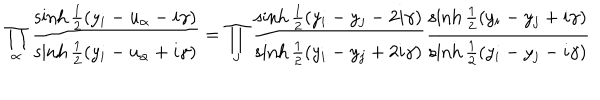
LaTeX: \prod _ { \alpha } { \frac { \sinh { \frac { 1 } { 2 } } ( y _ { i } - u _ { \alpha } - i \gamma ) } { \sinh { \frac { 1 } { 2 } } ( y _ { i } - u _ { \alpha } + i \gamma ) } } = \prod _ { j } { \frac { \sinh { \frac { 1 } { 2 } } ( y _ { i } - y _ { j } - 2 i \gamma ) } { \sinh { \frac { 1 } { 2 } } ( y _ { i } - y _ { j } + 2 i \gamma ) } } { \frac { \sinh { \frac { 1 } { 2 } } ( y _ { i } - y _ { j } + i \gamma ) } { \sinh { \frac { 1 } { 2 } } ( y _ { i } - y _ { j } - i \gamma ) } }